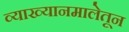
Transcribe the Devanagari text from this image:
व्याख्यानमालेतून